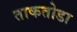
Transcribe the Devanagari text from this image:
ताकतोडा